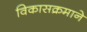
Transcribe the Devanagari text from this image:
विकासक्रमाने